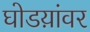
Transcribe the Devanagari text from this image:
घोडय़ांवर